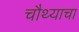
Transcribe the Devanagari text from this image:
चौथ्याचा